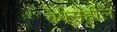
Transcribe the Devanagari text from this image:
बेक्सहील